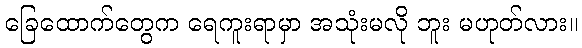
ခြေထောက်တွေက ရေကူးရာမှာ အသုံးမလို ဘူး မဟုတ်လား။